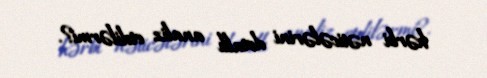
hərbi nəticələrini detallı analiz etdilərmi?.